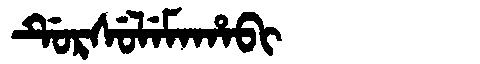
Manchu: ᡩᡠᡵᠰᡠᠯᡝᠮᠠᡥᠠᠪᡳ
Romanization: DURSULEMAHABI